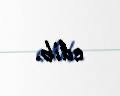
edib.